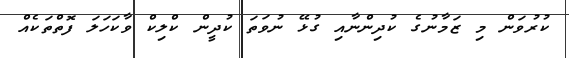
ކުރުވަން މި ޒަމާނުގެ ކުދިންނާއި ގުޅޭ ނުވަތަ ކުދީން ކްލިކް ވާކަހަލަ ފޮތްތަކެއް